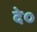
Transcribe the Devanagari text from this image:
दे०